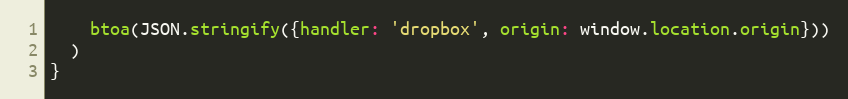
Language: JavaScript
    btoa(JSON.stringify({handler: 'dropbox', origin: window.location.origin}))
  )
}